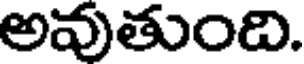
అవుతుంది.